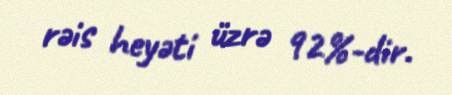
rəis heyəti üzrə 92%-dir.